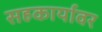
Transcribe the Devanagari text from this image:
सहकार्यावर